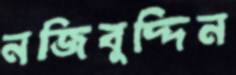
নজিবুদ্দিন